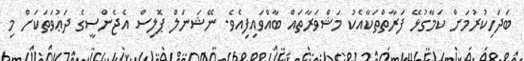
ބަދަހިކުރުމަށް ކަމާގުޅޭ ފަރާތްތަކާއެކު މަޝްވަރާތައް ބާއްވައިފިއެވެ. ނޭޝަނަލް ޕޮލިސް އެޖެންސީގެ ދަޢުވަތަކަށް މި